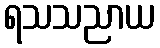
ရသသညာယ